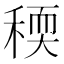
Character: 稬